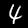
Label: 4